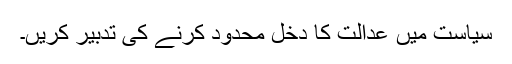
سیاست میں عدالت کا دخل محدود کرنے کی تدبیر کریں۔